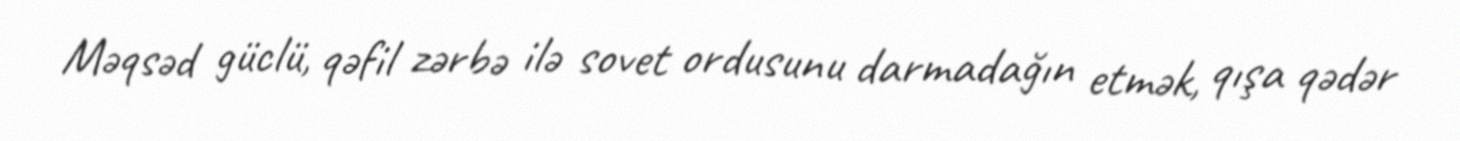
Məqsəd güclü, qəfil zərbə ilə sovet ordusunu darmadağın etmək, qışa qədər